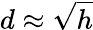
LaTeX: d\approx{\sqrt{h}}